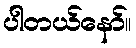
ပါတယ်နော်။